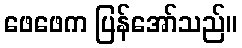
ဖေဖေက ပြန်အော်သည်။